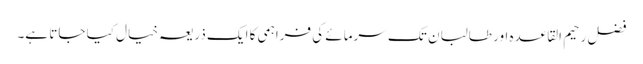
فضل رحیم القاعدہ اور طالبان تک سرمائے کی فراہمی کا ایک ذریعہ خیال کیا جاتا ہے۔